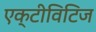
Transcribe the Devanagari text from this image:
एक्टीविटिज